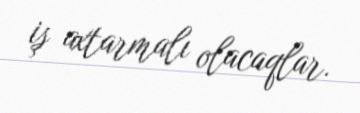
iş axtarmalı olacaqlar.